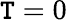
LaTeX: \mathtt{T}=0